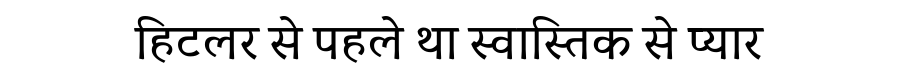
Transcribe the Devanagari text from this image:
हिटलर से पहले था स्वास्तिक से प्यार